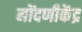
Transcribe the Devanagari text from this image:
नोंदणीकेंद्र